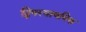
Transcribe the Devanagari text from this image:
द्विपरमाणविक